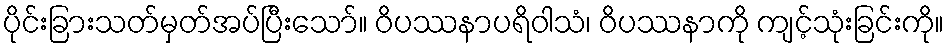
ပိုင်းခြားသတ်မှတ်အပ်ပြီးသော်။ ဝိပဿနာပရိဝါသံ၊ ဝိပဿနာကို ကျင့်သုံးခြင်းကို။